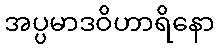
အပ္ပမာဒဝိဟာရိနော